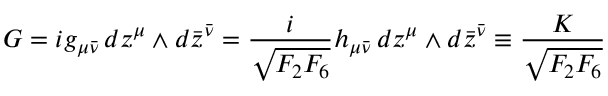
G = i g _ { \mu \bar { \nu } } \, d z ^ { \mu } \wedge d \bar { z } ^ { \bar { \nu } } = { \frac { i } { \sqrt { F _ { 2 } F _ { 6 } } } } h _ { \mu \bar { \nu } } \, d z ^ { \mu } \wedge d \bar { z } ^ { \bar { \nu } } \equiv { \frac { K } { \sqrt { F _ { 2 } F _ { 6 } } } }